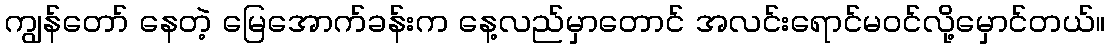
ကျွန်တော် နေတဲ့ မြေအောက်ခန်းက နေ့လည်မှာတောင် အလင်းရောင်မဝင်လို့မှောင်တယ်။